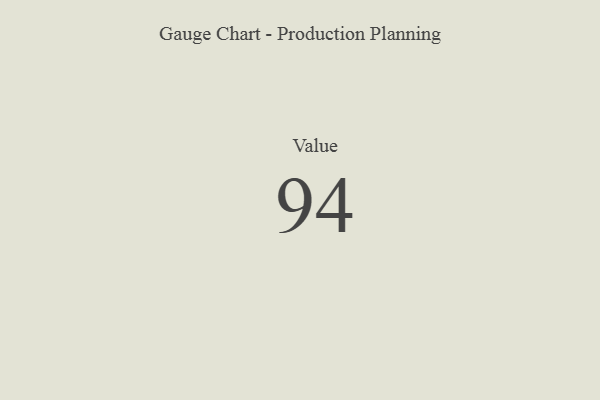
{"axis": {"x": "Metric", "y": "Value"}, "legend": [""], "data": [{"x": "Value", "y": 94, "type": ""}]}